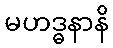
မဟဒ္ဓနာနိ